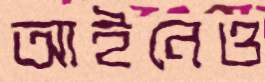
আইনেও